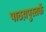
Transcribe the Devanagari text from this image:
पाठय़पुस्तकें